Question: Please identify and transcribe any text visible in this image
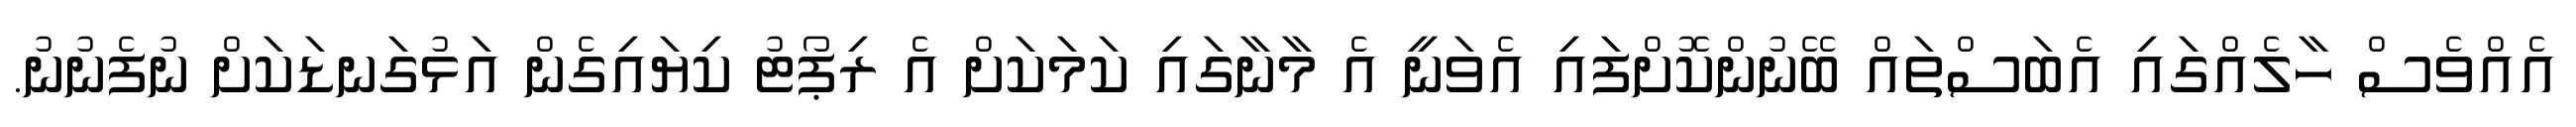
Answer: އެއްވެސް ހާލެއްގައި އެބަސްތައް ބޭނުންކޮށްފައި އެވަނީ އެ މާނާގައި ކަމަކަށް އެ ރިޕޯޓު ކިޔައިގެން އަޅުގަނޑަކަށް ނުފެނުނު.